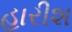
હારીશ